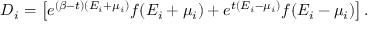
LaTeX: D _ { i } = \left[ e ^ { ( \beta - t ) ( E _ { i } + \mu _ { i } ) } f ( E _ { i } + \mu _ { i } ) + e ^ { t ( E _ { i } - \mu _ { i } ) } f ( E _ { i } - \mu _ { i } ) \right] .